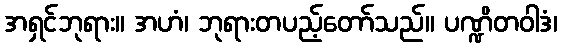
အရှင်ဘုရား။ အဟံ၊ ဘုရားတပည့်တော်သည်။ ပဏ္ဍိတဝါဒံ၊